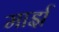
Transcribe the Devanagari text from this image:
मार्झ